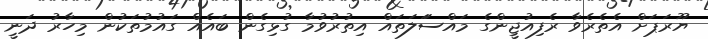
ޔޫރަޕަށް އެތެރެވާ ރެފިއުޖީންގެ މައްސަަލަތައް އިތުރުވުމާ ގުޅިގެން ބައެއް ގައުމުތަކުން މިހާރު ދަނީ